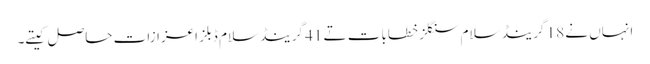
انہاں نے 18 گرینڈ سلام سنگلز خطابات تے 41 گرینڈ سلام ڈبلز اعزازات حاصل کیتے۔